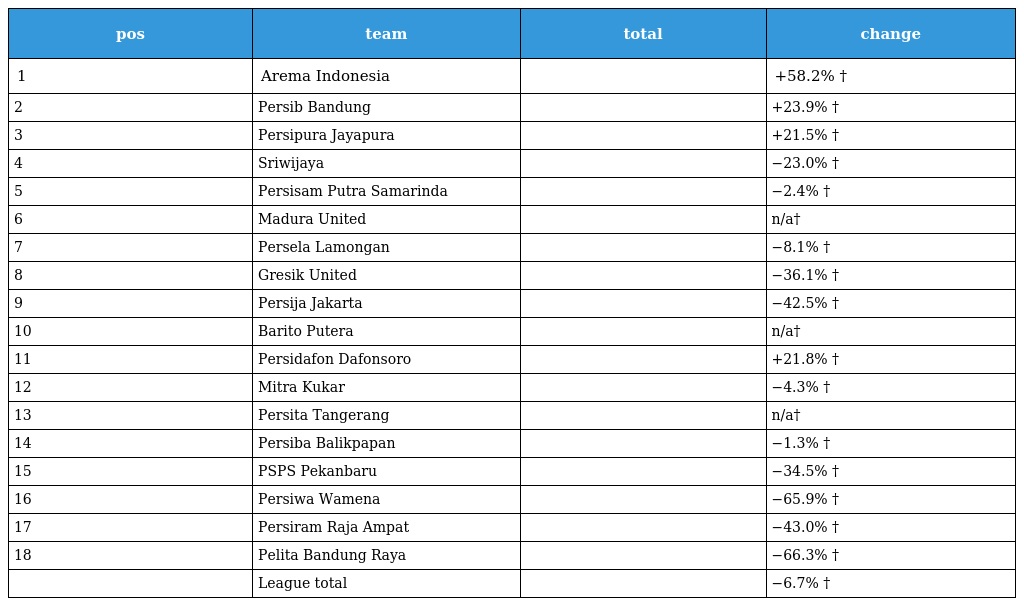
| pos | team | total | change |
 | --- | --- | --- | --- |
 | 1 | Arema Indonesia |  | +58.2% † |
 | 2 | Persib Bandung |  | +23.9% † |
 | 3 | Persipura Jayapura |  | +21.5% † |
 | 4 | Sriwijaya |  | −23.0% † |
 | 5 | Persisam Putra Samarinda |  | −2.4% † |
 | 6 | Madura United |  | n/a† |
 | 7 | Persela Lamongan |  | −8.1% † |
 | 8 | Gresik United |  | −36.1% † |
 | 9 | Persija Jakarta |  | −42.5% † |
 | 10 | Barito Putera |  | n/a† |
 | 11 | Persidafon Dafonsoro |  | +21.8% † |
 | 12 | Mitra Kukar |  | −4.3% † |
 | 13 | Persita Tangerang |  | n/a† |
 | 14 | Persiba Balikpapan |  | −1.3% † |
 | 15 | PSPS Pekanbaru |  | −34.5% † |
 | 16 | Persiwa Wamena |  | −65.9% † |
 | 17 | Persiram Raja Ampat |  | −43.0% † |
 | 18 | Pelita Bandung Raya |  | −66.3% † |
 |  | League total |  | −6.7% † |